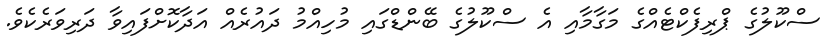
ސްކޫލުގެ ޕްރިފެކްޓެއްގެ މަގާމާއި އެ ސްކޫލުގެ ބޭންޑްގައި މުހިއްމު ދައުރެއް އަދާކޮށްފައިވާ ދަރިވަރެކެވެ.